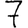
Digit: 7